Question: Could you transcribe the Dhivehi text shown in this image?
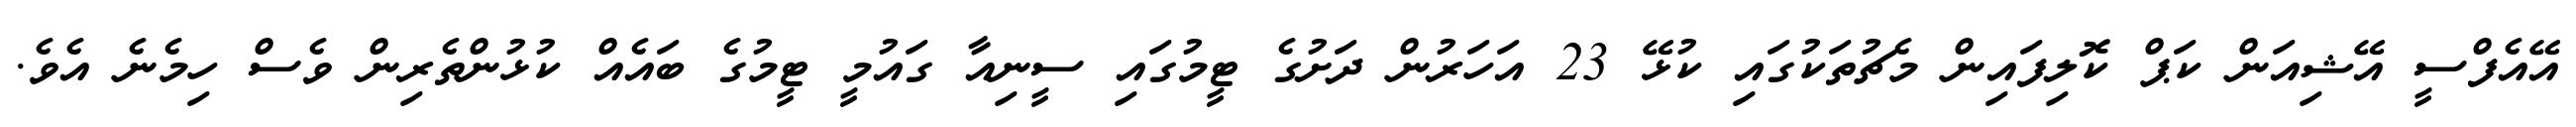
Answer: އޭއެފްސީ އޭޝިއަން ކަޕް ކޮލިފައިން މެޗުތަކުގައި ކުޅޭ 23 އަހަރުން ދަށުގެ ޓީމުގައި ސީނިއާ ގައުމީ ޓީމުގެ ބައެއް ކުޅުންތެރިން ވެސް ހިމެނެ އެވެ.